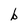
Character: b